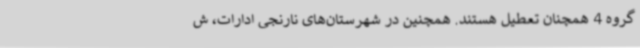
گروه 4 همچنان تعطیل هستند. همچنین در شهرستان‌های نارنجی ادارات، ش